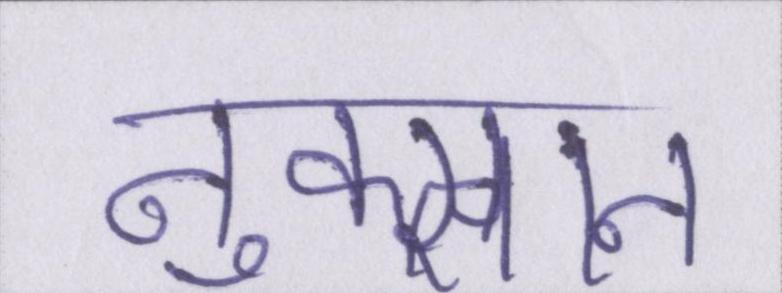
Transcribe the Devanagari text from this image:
नुक्सान